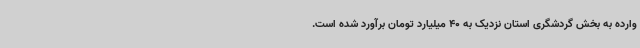
وارده به بخش گردشگری استان نزدیک به 40 میلیارد تومان برآورد شده است.